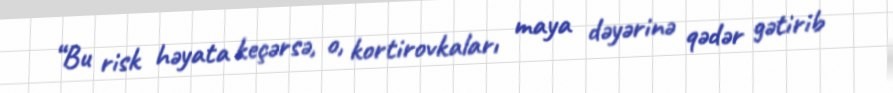
“Bu risk həyata keçərsə, o, kortirovkaları maya dəyərinə qədər gətirib